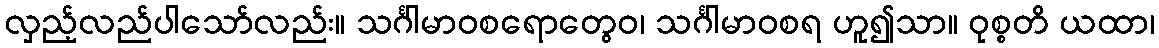
လှည့်လည်ပါသော်လည်း။ သင်္ဂါမာဝစရောတွေဝ၊ သင်္ဂါမာဝစရ ဟူ၍သာ။ ဝုစ္စတိ ယထာ၊